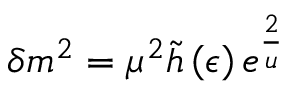
\delta m ^ { 2 } = \mu ^ { 2 } \tilde { h } \left( \epsilon \right) e ^ { \frac { 2 } { u } }